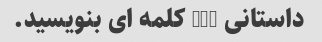
داستانی 200 کلمه ای بنویسید.